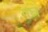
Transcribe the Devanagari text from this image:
गघ